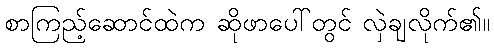
စာကြည့်ဆောင်ထဲက ဆိုဖာပေါ်တွင် လှဲချလိုက်၏။